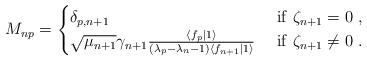
LaTeX: \begin{align*}M_{np}=\begin {cases} \delta_{p,n+1}\ &{\rm if}\ \zeta_{n+1}=0\ ,\\\sqrt{\mu_{n+1}}\gamma_{n+1}\frac{ \langle f_p | 1 \rangle} { (\lambda_p-\lambda_n-1) \langle f_{n+1} | 1\rangle}\ &{\rm if}\ \zeta_{n+1} \ne 0\ .\end{cases}\end{align*}